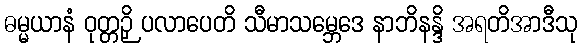
ဓမ္မယာနံ ဝုတ္တဉှိ ပလာပေတိ သီမာသမ္ဘေဒေ နာဘိနန္ဒိ အရတိအာဒီသု